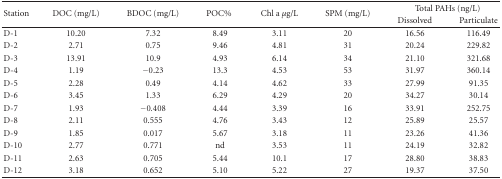
<table><thead><tr><td rowspan="2"><b>Station</b></td><td rowspan="2"><b>DOC (mg/L)</b></td><td rowspan="2"><b>BDOC (mg/L)</b></td><td rowspan="2"><b>POC%</b></td><td rowspan="2"><b>Chl a <i>μ</i>g/L</b></td><td rowspan="2"><b>SPM (mg/L)</b></td><td colspan="2"><b>Total PAHs (ng/L)</b></td></tr><tr><td><b>Dissolved</b></td><td><b>Particulate</b></td></tr></thead><tbody><tr><td>D-1</td><td>10.20 </td><td>7.32 </td><td>8.49 </td><td>3.11</td><td>20</td><td>16.56</td><td>116.49 </td></tr><tr><td>D-2</td><td>2.71 </td><td>0.75 </td><td>9.46 </td><td>4.81</td><td>31</td><td>20.24</td><td>229.82 </td></tr><tr><td>D-3</td><td>13.91 </td><td>10.9 </td><td>4.93 </td><td>6.14</td><td>34</td><td>21.10</td><td>321.68</td></tr><tr><td>D-4</td><td>1.19 </td><td>−0.23</td><td>13.3 </td><td>4.53</td><td>53</td><td>31.97</td><td>360.14</td></tr><tr><td>D-5</td><td>2.28 </td><td>0.49 </td><td>4.14 </td><td>4.62</td><td>33</td><td>27.99</td><td>91.35 </td></tr><tr><td>D-6</td><td>3.45 </td><td>1.33 </td><td>6.29 </td><td>4.29</td><td>20</td><td>34.27</td><td>30.14 </td></tr><tr><td>D-7</td><td>1.93 </td><td>−0.408</td><td>4.44 </td><td>3.39</td><td>16</td><td>33.91</td><td>252.75 </td></tr><tr><td>D-8</td><td>2.11 </td><td>0.555 </td><td>4.76 </td><td>3.43</td><td>12</td><td>25.89</td><td>25.57 </td></tr><tr><td>D-9</td><td>1.85 </td><td>0.017 </td><td>5.67 </td><td>3.18</td><td>11</td><td>23.26</td><td>41.36 </td></tr><tr><td>D-10</td><td>2.77 </td><td>0.771 </td><td>nd</td><td>3.53</td><td>11</td><td>24.19</td><td>32.82 </td></tr><tr><td>D-11</td><td>2.63 </td><td>0.705 </td><td>5.44 </td><td>10.1</td><td>17</td><td>28.80</td><td>38.83 </td></tr><tr><td>D-12</td><td>3.18 </td><td>0.652 </td><td>5.10 </td><td>5.22</td><td>27</td><td>19.37</td><td>37.50 </td></tr></tbody></table>